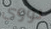
نووى